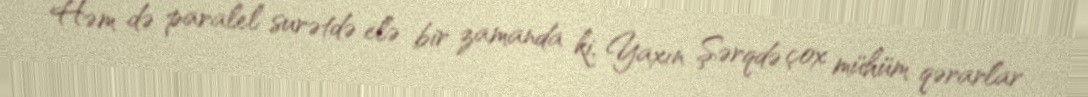
Həm də paralel surətdə elə bir zamanda ki, Yaxın Şərqdə çox mühüm qərarlar